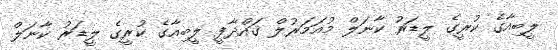
ލީބިއާގެ ކުރީގެ ލީޑަރު ކާނަލް މުއަމަރުލް ޤައްޛާފީ ލީބިއާގެ ކުރީގެ ލީޑަރު ކާނަލް